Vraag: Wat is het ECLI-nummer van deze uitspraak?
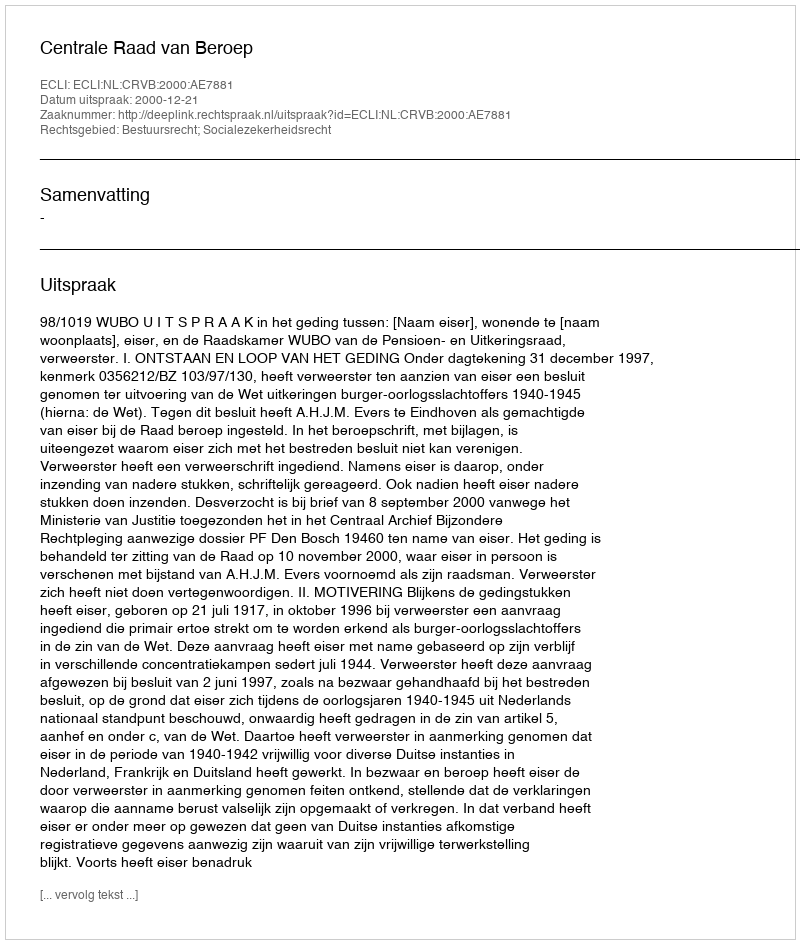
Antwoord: ECLI:NL:CRVB:2000:AE7881